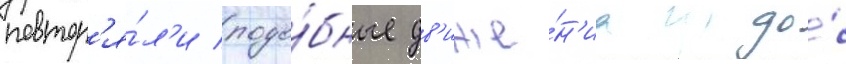
повтор'я́л'и подо́бные дв'иже́н'иа до́